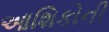
આશિકોની